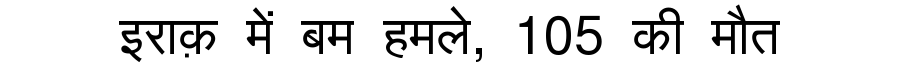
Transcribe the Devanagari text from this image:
इराक़ में बम हमले, 105 की मौत